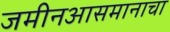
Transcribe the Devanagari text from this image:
जमीनआसमानाचा